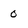
Character: 0